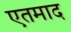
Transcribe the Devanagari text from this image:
एतमाद